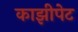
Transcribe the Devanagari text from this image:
काझीपेट